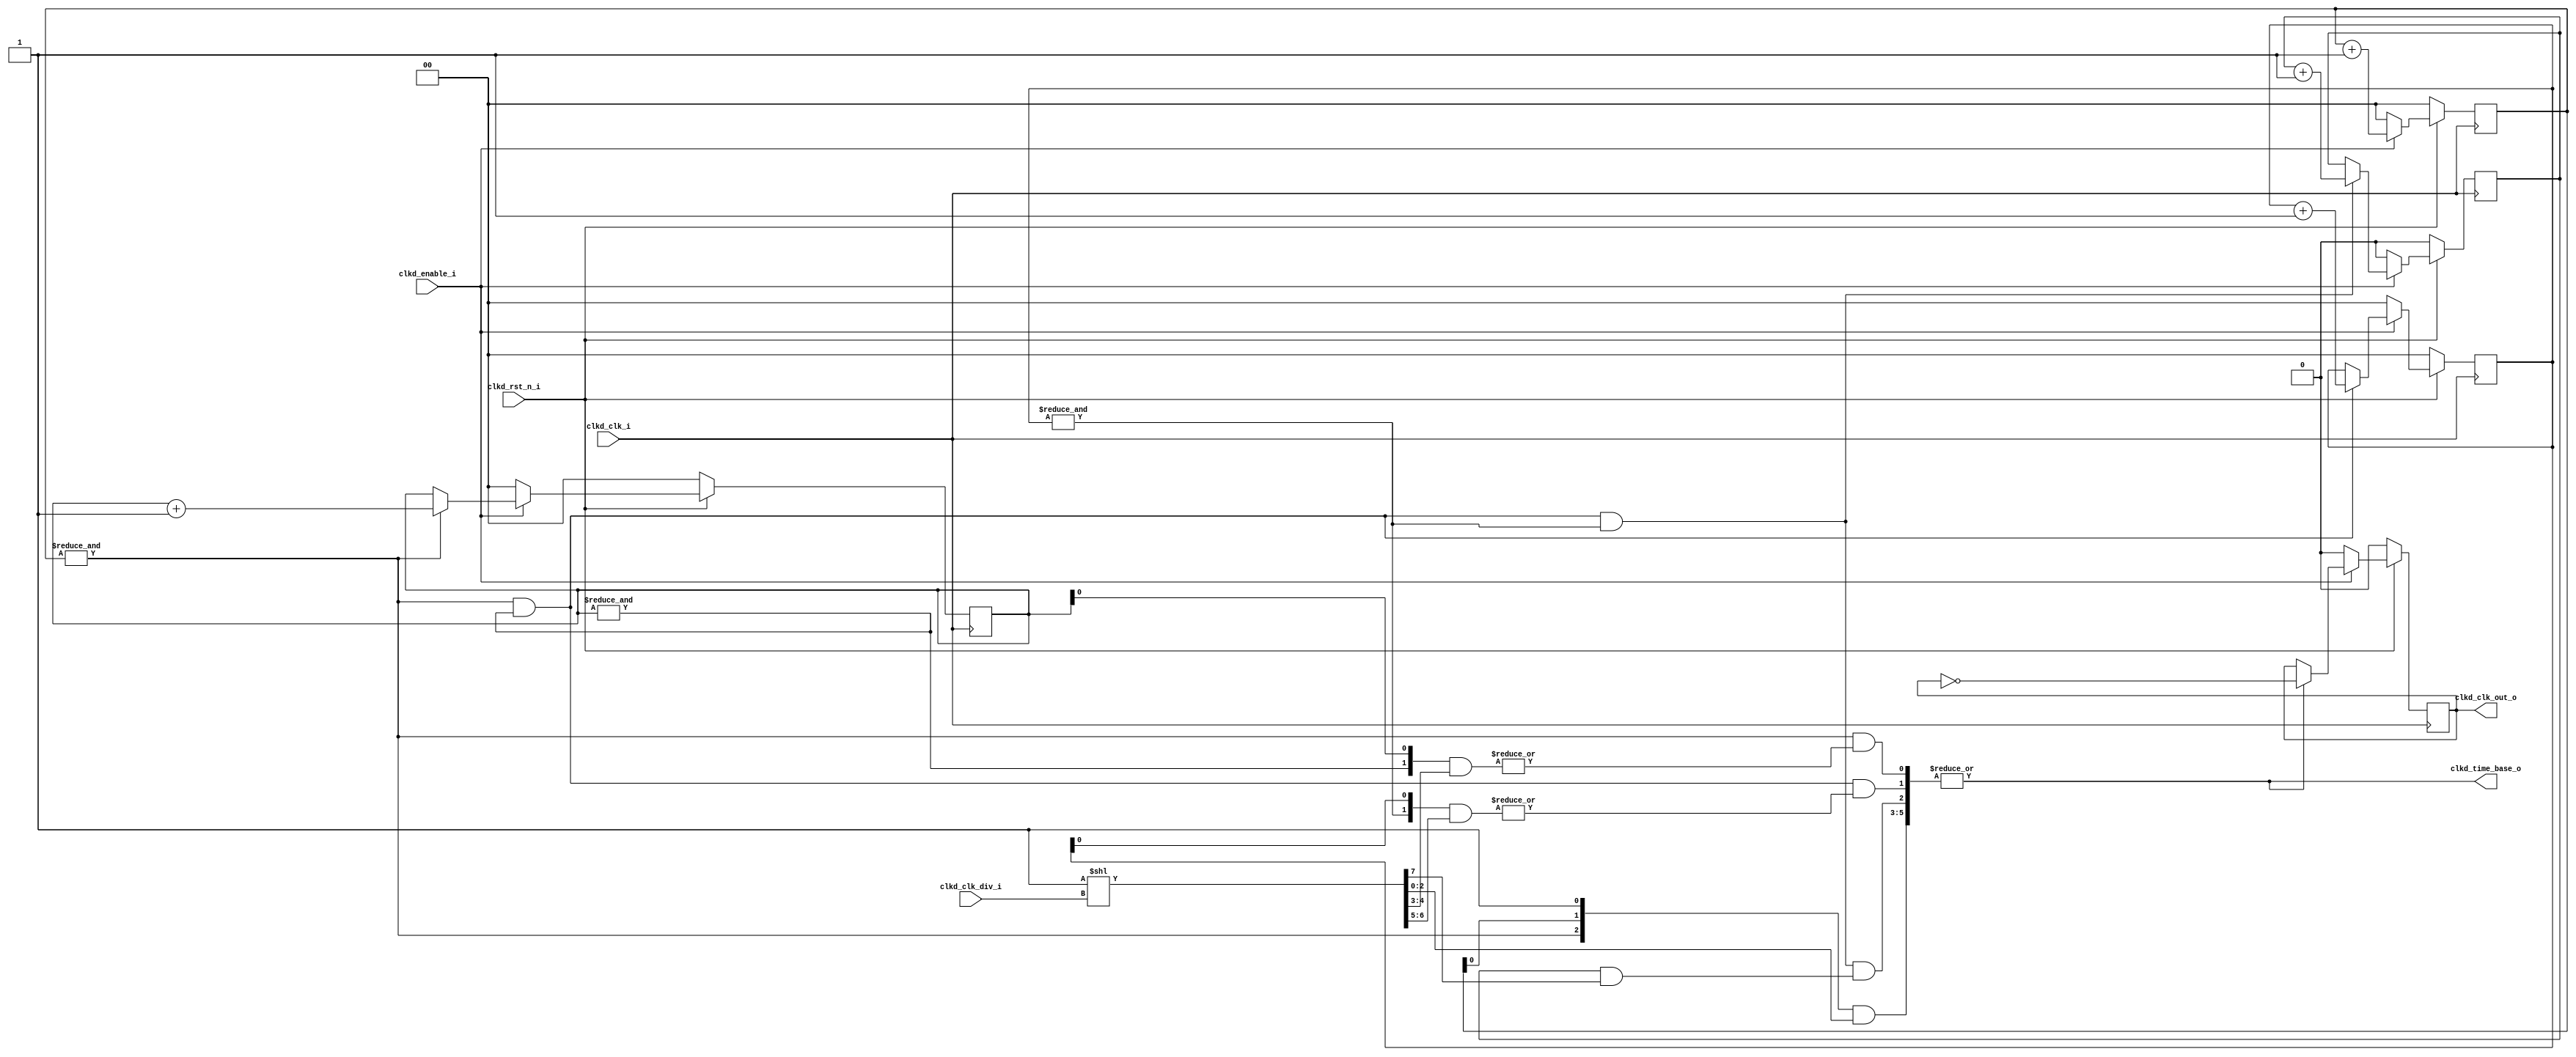
module spi_ip_clk_div_arch3_gen
#(
	parameter PARAM_MAX_DIV = 8, // this parameter is the log2(.) of the bigger value of clock division . Ex.: clk_div = 64 => MAX_DIV = 5
	parameter PARAM_CNT_STAGE_WIDTH = 2 // width of sub-counters
)(
	//OUTPUTS
	output reg clkd_clk_out_o,                            //time base obtained by clock division
	output clkd_time_base_o,                              //Enable signal indicating when there is a transition in signal clkd_clk_out_o 
	input clkd_enable_i,                                  //enable clock division
	input [clogb2(PARAM_MAX_DIV) - 1 : 0] clkd_clk_div_i, //select clock divisor. Ex.: clk_div = 0 -> /2, clk_div = 1 -> /4 etc
	input clkd_rst_n_i,                                   //reset
	input clkd_clk_i                                      //clock
);

//Ceiling of the log-base 2 of a number
function integer clogb2;
  input [31:0] value;
  reg div2;
  begin
 	  for (clogb2 = 0; value > 1; clogb2 = clogb2 + 1)
      value = value >> 1;
  end
endfunction

//Number of sub-counters with PARAM_CNT_STAGE_WIDTH bits
localparam CNT_NUM_STAGE = (PARAM_MAX_DIV - 1) / PARAM_CNT_STAGE_WIDTH;

//If HAS_REST != 0, there is a counter with fewer bits than the sub-stage counter
localparam CNT_REST_WIDTH = (PARAM_MAX_DIV - 1) % PARAM_CNT_STAGE_WIDTH;
localparam HAS_REST = (CNT_REST_WIDTH != 0);

reg  [PARAM_CNT_STAGE_WIDTH - 1 : 0] cnt_ff[0 : CNT_NUM_STAGE - 1];
wire [PARAM_CNT_STAGE_WIDTH - 1 : 0] cnt_ff_trans_stage[0 : CNT_NUM_STAGE - 1];
wire [CNT_NUM_STAGE - 1 : 0] time_base_stage;
wire [CNT_NUM_STAGE - 1 : 0] enable_cnt_stage;
wire [PARAM_MAX_DIV - 1 : 0] clk_div_dec;
wire time_base_rest;

//div_sel Decoder
assign clk_div_dec = {{PARAM_MAX_DIV - 1{1'b0}}, 1'b1} << clkd_clk_div_i;

generate
  genvar k, i;
  for(k = 0; k < CNT_NUM_STAGE; k = k + 1)
    begin
      
      //Counter definition
      always @(posedge clkd_clk_i)
        begin
          if(!clkd_rst_n_i)
            cnt_ff[k] <= {PARAM_CNT_STAGE_WIDTH{1'b0}};
          else
            begin
              if(!clkd_enable_i)
                cnt_ff[k] <= {PARAM_CNT_STAGE_WIDTH{1'b0}};
              else
                if(enable_cnt_stage[k])
                  cnt_ff[k] <= cnt_ff[k] + 1'b1;
            end
        end
        
      for(i = 0; i < PARAM_CNT_STAGE_WIDTH; i = i + 1)
        begin
          assign cnt_ff_trans_stage[k][i] = &cnt_ff[k][i : 0];
        end
        
      if(k == 0)
        assign time_base_stage[k] = |( {cnt_ff_trans_stage[k], 1'b1} & clk_div_dec[PARAM_CNT_STAGE_WIDTH*k +: PARAM_CNT_STAGE_WIDTH + 1]);
      else  
        assign time_base_stage[k] = enable_cnt_stage[k] & (|( cnt_ff_trans_stage[k] & clk_div_dec[PARAM_CNT_STAGE_WIDTH*k + 1 +: PARAM_CNT_STAGE_WIDTH]));  
        
      if(k == 0)
        assign enable_cnt_stage[k] = 1'b1;
      else
        assign enable_cnt_stage[k] = enable_cnt_stage[k - 1] & cnt_ff_trans_stage[k - 1][PARAM_CNT_STAGE_WIDTH - 1];  
    end
endgenerate

generate
  genvar m;
  
  if(HAS_REST)
    begin
      reg  [CNT_REST_WIDTH - 1 : 0] cnt_rest_ff;
      wire [CNT_REST_WIDTH - 1 : 0] cnt_rest_ff_trans;
      wire enable_cnt_rest;
      
      always @(posedge clkd_clk_i)
        begin
          if(!clkd_rst_n_i)
            cnt_rest_ff <= {CNT_REST_WIDTH{1'b0}};
          else
            begin
              if(!clkd_enable_i)
                cnt_rest_ff <= {CNT_REST_WIDTH{1'b0}};
              else
                if(enable_cnt_rest)
                  cnt_rest_ff <= cnt_rest_ff + 1'b1;
            end
        end
      
      for(m = 0; m < CNT_REST_WIDTH; m = m + 1)
        begin
          assign cnt_rest_ff_trans[m] = &cnt_rest_ff[m : 0];
        end
        
      assign enable_cnt_rest = enable_cnt_stage[CNT_NUM_STAGE - 1] & cnt_ff_trans_stage[CNT_NUM_STAGE - 1][PARAM_CNT_STAGE_WIDTH - 1];  
      assign time_base_rest = enable_cnt_rest & (|( cnt_rest_ff_trans & clk_div_dec[PARAM_CNT_STAGE_WIDTH*CNT_NUM_STAGE + 1 +: CNT_REST_WIDTH])); 
    end
  else
    assign time_base_rest = 1'b0;
      
endgenerate
  
assign clkd_time_base_o = |{time_base_stage, time_base_rest};

always @(posedge clkd_clk_i) 
	begin
		if(!clkd_rst_n_i)
			clkd_clk_out_o <= 1'b0;
		else
			if(!clkd_enable_i)
				clkd_clk_out_o <= 1'b0;
			else
				if(clkd_time_base_o)
					clkd_clk_out_o <= ~clkd_clk_out_o;
	end
endmodule